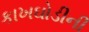
કાખઘોડીની